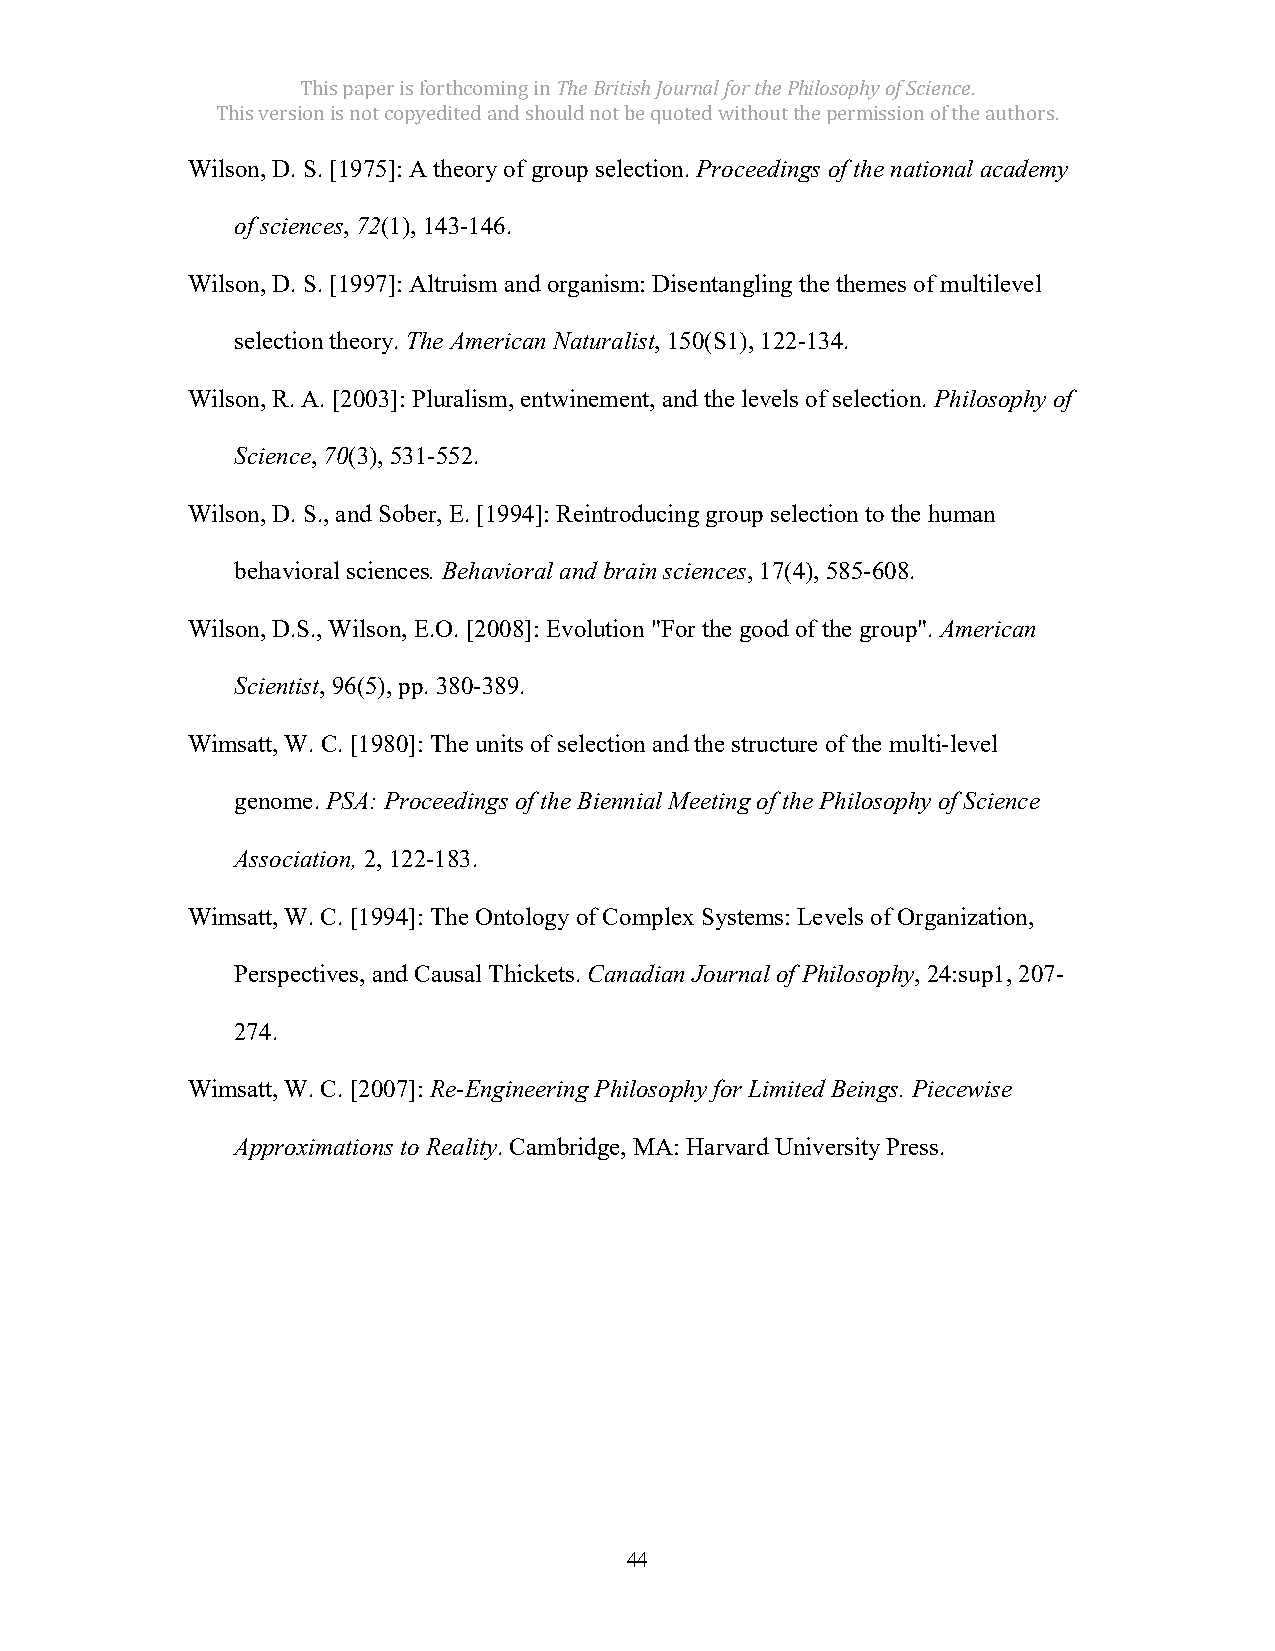
This paper is forthcoming in The British Journal for the Philosophy of Science.
 This version is not copyedited and should not be quoted without the permission of the authors.
 Wilson, D. S. [1975]: A theory of group selection. Proceedings of the national academy
 of sciences, 72(1), 143-146.
 Wilson, D. S. [1997]: Altruism and organism: Disentangling the themes of multilevel
 selection theory. The American Naturalist, 150(S1), 122-134.
 Wilson, R. A. [2003]: Pluralism, entwinement, and the levels of selection. Philosophy of
 Science, 70(3), 531-552.
 Wilson, D. S., and Sober, E. [1994]: Reintroducing group selection to the human
 behavioral sciences. Behavioral and brain sciences, 17(4), 585-608.
 Wilson, D.S., Wilson, E.O. [2008]: Evolution "For the good of the group". American
 Scientist, 96(5), pp. 380-389.
 Wimsatt, W. C. [1980]: The units of selection and the structure of the multi-level
 genome. PSA: Proceedings of the Biennial Meeting of the Philosophy of Science
 Association, 2, 122-183.
 Wimsatt, W. C. [1994]: The Ontology of Complex Systems: Levels of Organization,
 Perspectives, and Causal Thickets. Canadian Journal of Philosophy, 24:sup1, 207-
 274.
 Wimsatt, W. C. [2007]: Re-Engineering Philosophy for Limited Beings. Piecewise
 Approximations to Reality. Cambridge, MA: Harvard University Press.
 44